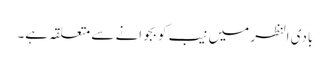
بادی النظر میں نیب کو بجوانے سے متعلقہ ہے۔